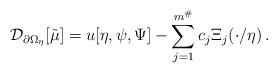
LaTeX: \begin{align*}\mathcal{D}_{\partial \Omega_\eta}[\tilde{\mu}]=u[\eta,\psi,\Psi]-\sum_{j=1}^{m^{\#}}c_j\Xi_j(\cdot/\eta) \, .\end{align*}